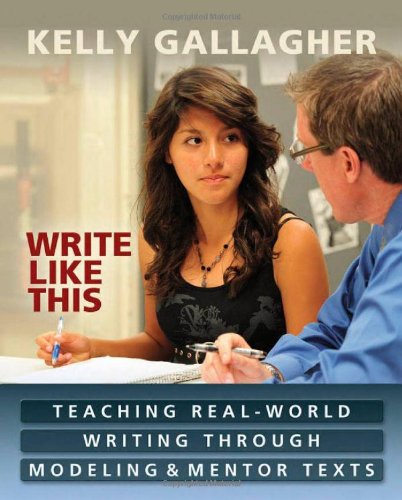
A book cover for Write Like This: Teaching Real-World Writing Through Modeling and Mentor Texts; Kelly Gallagher; Education & Teaching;